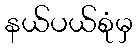
နယ်ပယ်စုံမှ